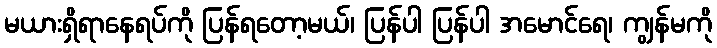
မယားရှိရာနေရပ်ကို ပြန်ရတော့မယ်၊ ပြန်ပါ ပြန်ပါ အမောင်ရေ၊ ကျွန်မကို